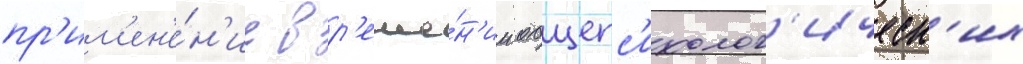
пр'им'ен'е́н'ие в р'еше́н'ии общепс'ихолог'ическ'их